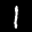
Label: 1